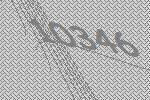
10346